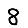
Digit: 8